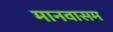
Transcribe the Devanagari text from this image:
मानवासम